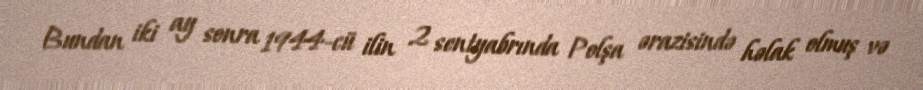
Bundan iki ay sonra 1944-cü ilin 2 sentyabrında Polşa ərazisində həlak olmuş və